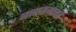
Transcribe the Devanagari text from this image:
बाकडयावर